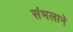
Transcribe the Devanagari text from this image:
संभलाने